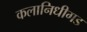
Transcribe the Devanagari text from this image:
कलानिधीगड